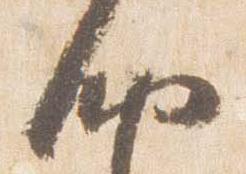
納